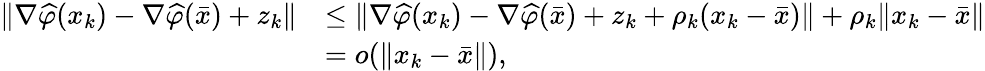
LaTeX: \begin{array}{rl}{\| \nabla\widehat{\varphi}(x_{k})-\nabla\widehat{\varphi}(\bar{x})+z_{k}\| }&{\leq\| \nabla\widehat{\varphi}(x_{k})-\nabla\widehat{\varphi}(\bar{x})+z_{k}+\rho_{k}(x_{k}-\bar{x})\| +\rho_{k}\| x_{k}-\bar{x}\| }\\ &{=o(\| x_{k}-\bar{x}\| ),}\end{array}